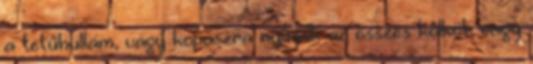
a tetűhullám, vagy kopaszra nyírják az összes kölköt, vagy